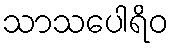
သာသပေါရိဝ